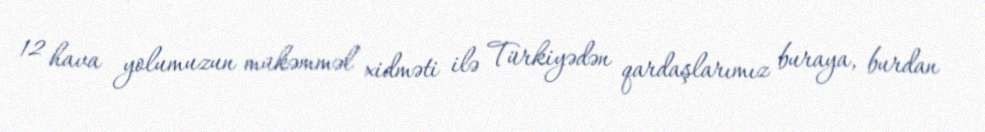
12 hava yolumuzun mükəmməl xidməti ilə Türkiyədən qardaşlarımız buraya, burdan